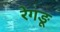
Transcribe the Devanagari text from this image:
रेगङू